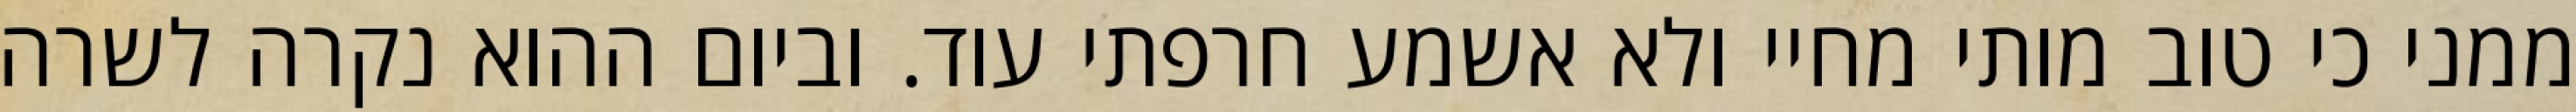
ממני כי טוב מותי מחיי ולא אשמע חרפתי עוד. וביום ההוא נקרה לשרה